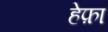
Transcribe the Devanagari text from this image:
हेफ़ा